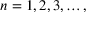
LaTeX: n = 1 , 2 , 3 , \ldots ,